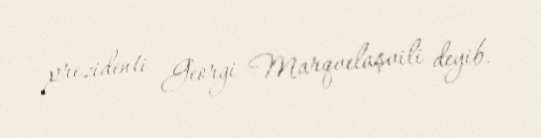
prezidenti Georgi Marqvelaşvili deyib.